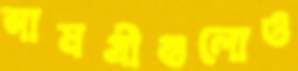
সামগ্রীগুলোও